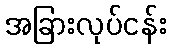
အခြားလုပ်ငန်း